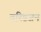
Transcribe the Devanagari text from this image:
वरिष्ठजन